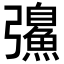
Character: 𫹂